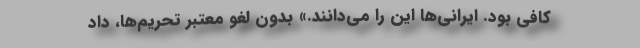
کافی بود. ایرانی‌ها این را می‌دانند.» بدون لغو معتبر تحریم‌ها، داد